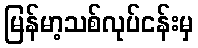
မြန်မာ့သစ်လုပ်ငန်းမှ